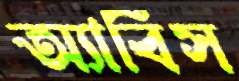
অ্যাবিস